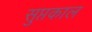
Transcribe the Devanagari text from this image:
सुप्तकाल